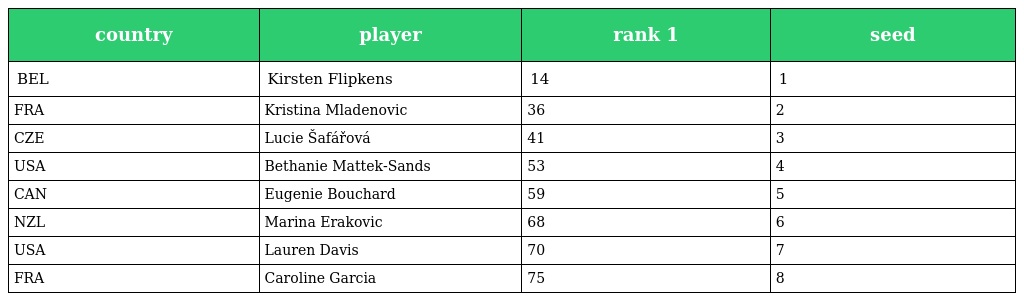
| country | player | rank 1 | seed |
 | --- | --- | --- | --- |
 | BEL | Kirsten Flipkens | 14 | 1 |
 | FRA | Kristina Mladenovic | 36 | 2 |
 | CZE | Lucie Šafářová | 41 | 3 |
 | USA | Bethanie Mattek-Sands | 53 | 4 |
 | CAN | Eugenie Bouchard | 59 | 5 |
 | NZL | Marina Erakovic | 68 | 6 |
 | USA | Lauren Davis | 70 | 7 |
 | FRA | Caroline Garcia | 75 | 8 |